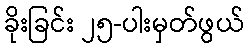
ခိုးခြင်း ၂၅-ပါးမှတ်ဖွယ်